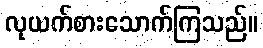
လုယက်စားသောက်ကြသည်။